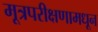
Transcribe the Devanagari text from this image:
मूत्रपरीक्षणामधून